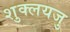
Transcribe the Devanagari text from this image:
शुक्लयजु